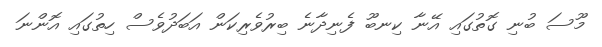
މޫސަ ބުނި ގޮތުގައި އޭނާ ކިނބޫ ފެނިދާނެ ބިރުވެރިކަން އަބަދުވެސް ހިތުގައި އޮންނަ